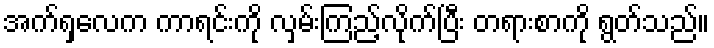
အက်ရှလေက ကာရင်းကို လှမ်းကြည့်လိုက်ပြီး တရားစာကို ရွတ်သည်။